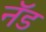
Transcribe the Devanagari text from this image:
नॅड